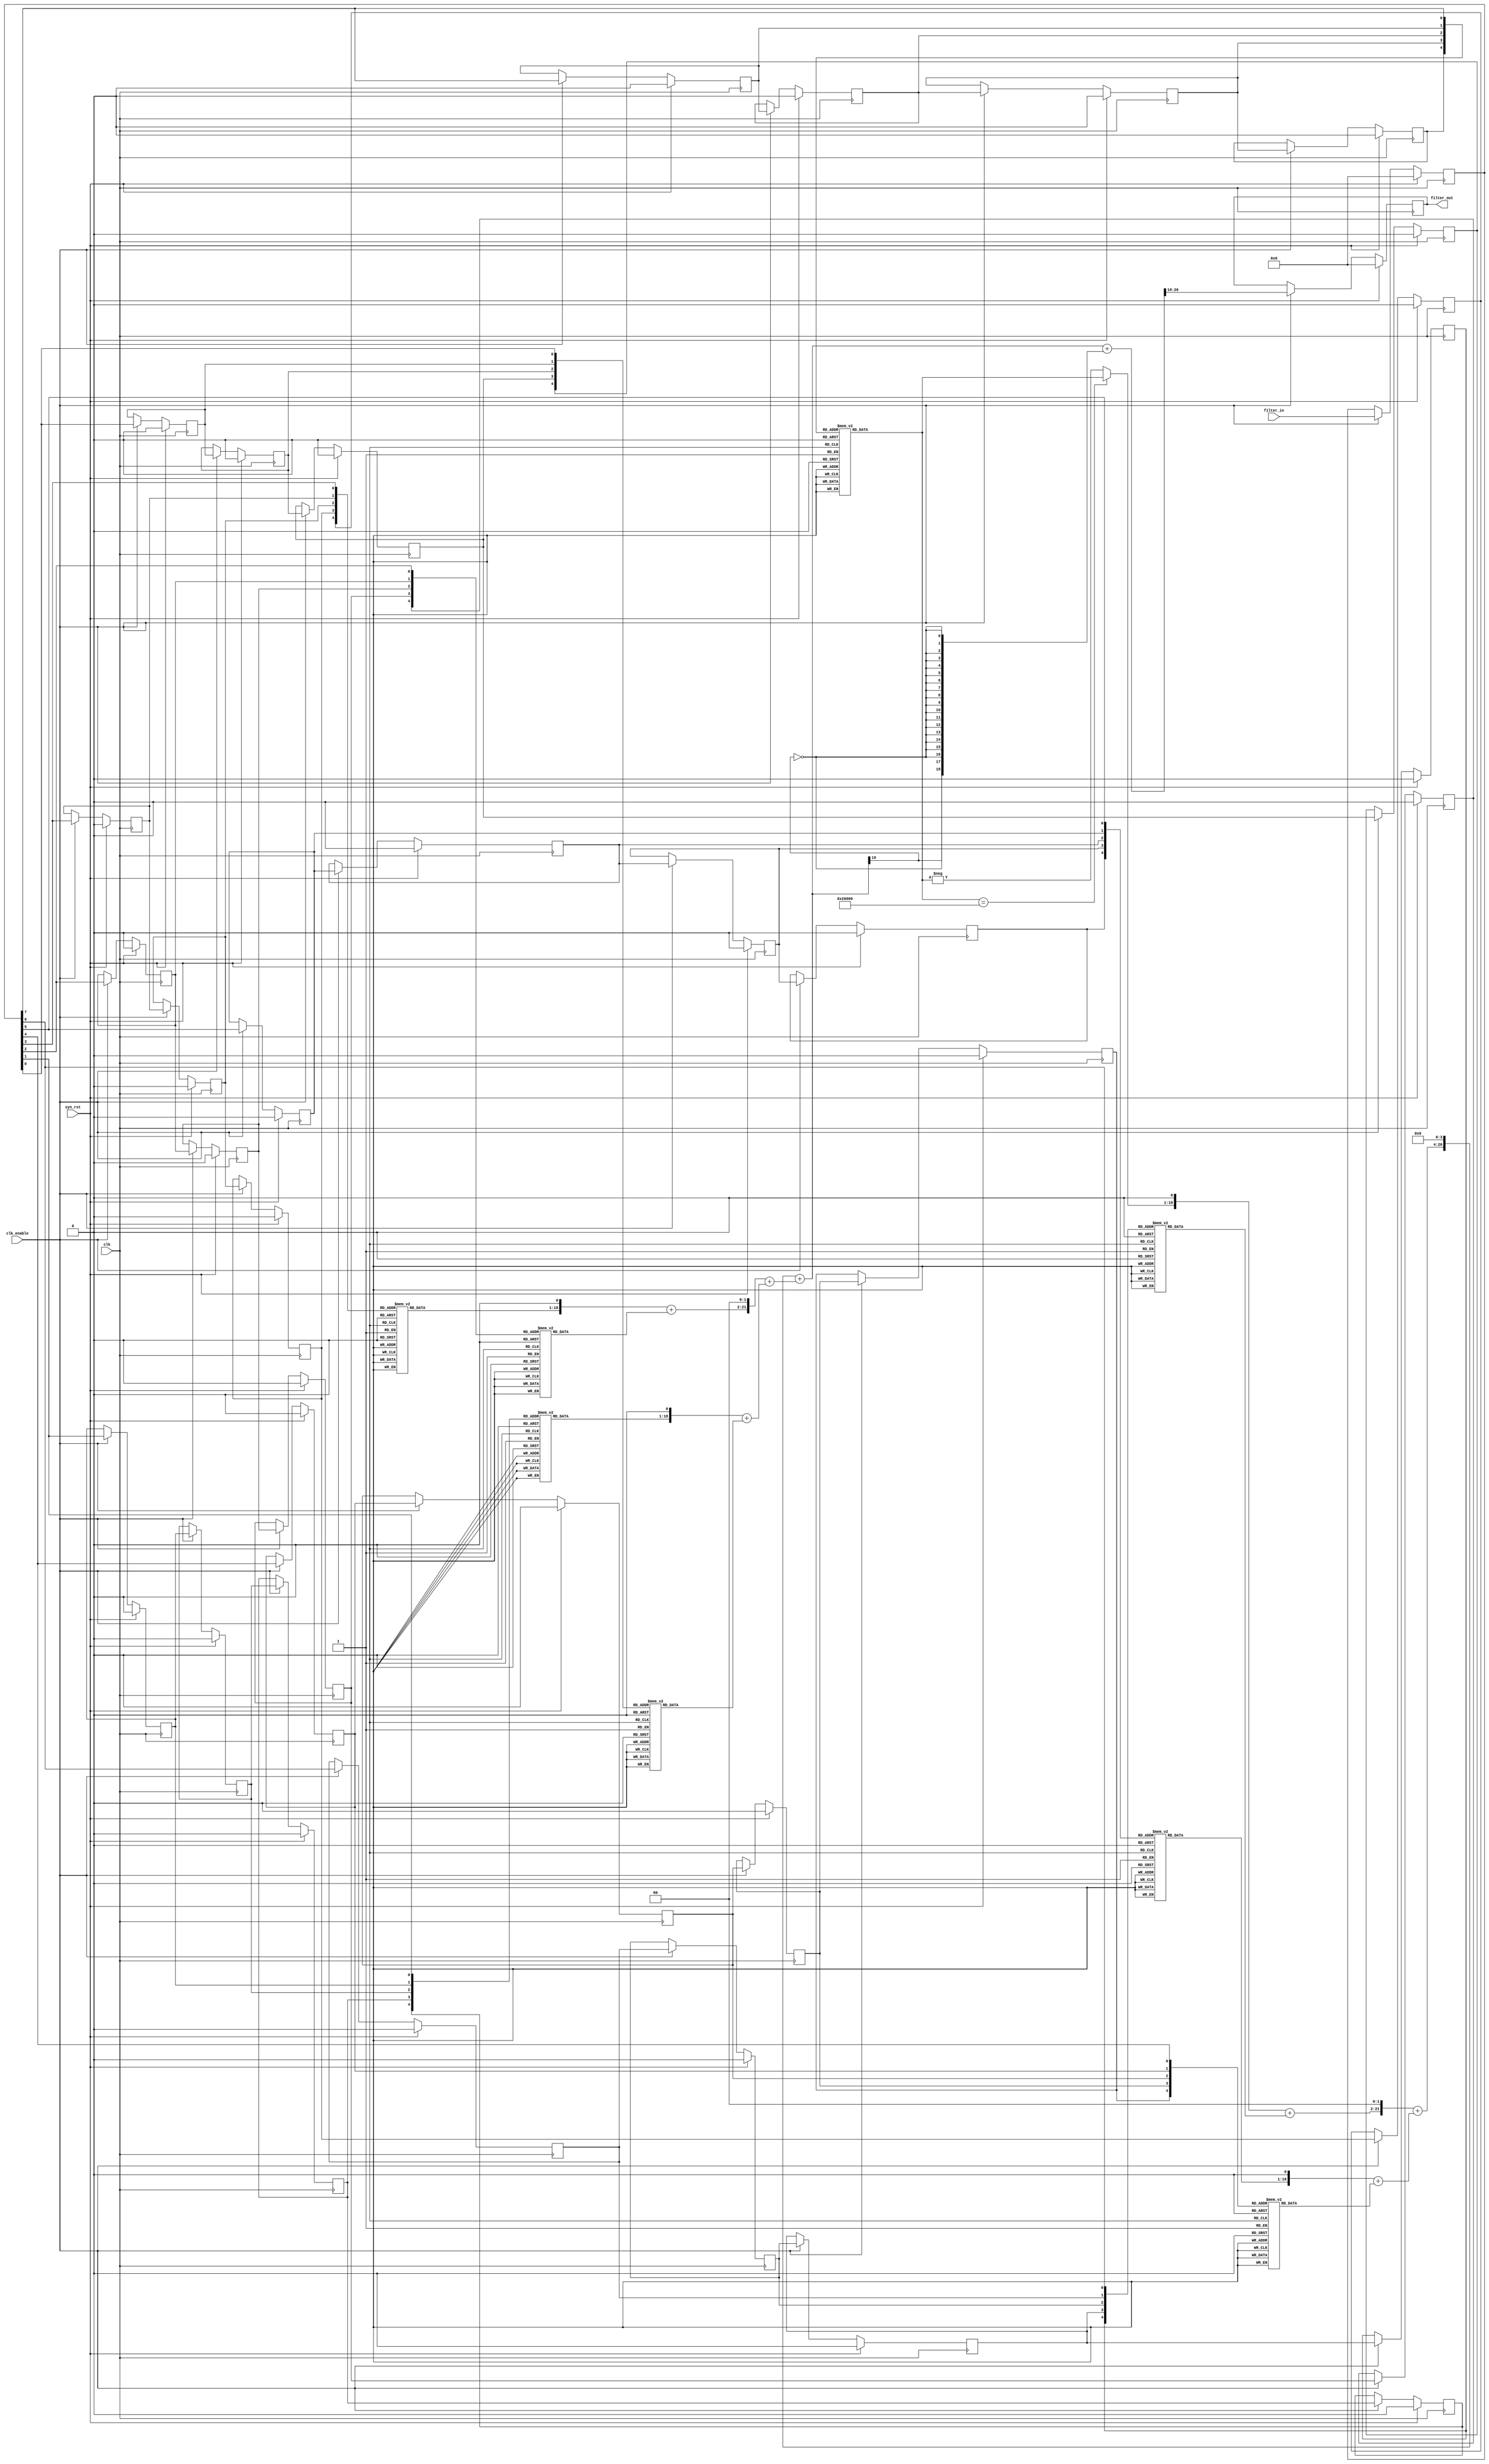
// -------------------------------------------------------------
// HDL Code Generation Options:
//
// ResetType: Synchronous
// FIRAdderStyle: tree
// ResetInputPort: syn_rst
// TargetDirectory: E:\\\\\\\\
// Name: fir_da
// RemoveResetFrom: ShiftRegister
// DALUTPartition: 5
// DARadix: 256
// TargetLanguage: Verilog
// TestBenchStimulus: impulse step ramp chirp noise 

// -------------------------------------------------------------
// HDL Implementation    : Distributed arithmetic (DA)
// Folding Factor        : 1
// LUT Address Width     : 5
// Total LUT Size (bits) : 4608
// -------------------------------------------------------------
// Filter Settings:
//
// Discrete-Time FIR Filter (real)
// -------------------------------
// Filter Structure  : Direct-Form FIR
// Filter Length     : 5
// Stable            : Yes
// Linear Phase      : Yes (Type 1)
// Arithmetic        : fixed
// Numerator         : s16,19 -> [-6.250000e-02 6.250000e-02)
// Input             : s8,7 -> [-1 1)
// Filter Internals  : Specify Precision
//   Output          : s8,7 -> [-1 1)
//   Product         : s31,31 -> [-5.000000e-01 5.000000e-01)
//   Accumulator     : s33,31 -> [-2 2)
//   Round Mode      : convergent
//   Overflow Mode   : wrap
// -------------------------------------------------------------

`timescale 1 ns / 1 ns

module fir_da
               (
                clk,
                clk_enable,
                syn_rst,
                filter_in,
                filter_out
                );

  input   clk; 
  input   clk_enable; 
  input   syn_rst; 
  input   signed [7:0] filter_in; //sfix8_En7
  output  signed [7:0] filter_out; //sfix8_En7

////////////////////////////////////////////////////////////////
//Module Architecture: fir_da
////////////////////////////////////////////////////////////////
  // Local Functions
  // Type Definitions
  // Constants
  parameter signed [15:0] coeff1 = 16'b0011000010100000; //sfix16_En19
  parameter signed [15:0] coeff2 = 16'b0110000101000000; //sfix16_En19
  parameter signed [15:0] coeff3 = 16'b0111100110010000; //sfix16_En19
  parameter signed [15:0] coeff4 = 16'b0110000101000000; //sfix16_En19
  parameter signed [15:0] coeff5 = 16'b0011000010100000; //sfix16_En19

  // Signals
  reg  signed [7:0] input_register; // sfix8_En7
  wire filter_in_1; // boolean
  wire filter_in_2; // boolean
  wire filter_in_3; // boolean
  wire filter_in_4; // boolean
  wire filter_in_5; // boolean
  wire filter_in_6; // boolean
  wire filter_in_7; // boolean
  wire filter_in_8; // boolean
  reg  delay_pipeline_1 [0:3] ; // boolean
  reg  delay_pipeline_2 [0:3] ; // boolean
  reg  delay_pipeline_3 [0:3] ; // boolean
  reg  delay_pipeline_4 [0:3] ; // boolean
  reg  delay_pipeline_5 [0:3] ; // boolean
  reg  delay_pipeline_6 [0:3] ; // boolean
  reg  delay_pipeline_7 [0:3] ; // boolean
  reg  delay_pipeline_8 [0:3] ; // boolean
  wire [4:0] mem_addrb1; // ufix5
  reg  signed [17:0] memoutb1; // sfix18_En19
  wire [4:0] mem_addrb2; // ufix5
  reg  signed [17:0] memoutb2; // sfix18_En18
  wire [4:0] mem_addrb3; // ufix5
  reg  signed [17:0] memoutb3; // sfix18_En19
  wire [4:0] mem_addrb4; // ufix5
  reg  signed [17:0] memoutb4; // sfix18_En18
  wire [4:0] mem_addrb5; // ufix5
  reg  signed [17:0] memoutb5; // sfix18_En19
  wire [4:0] mem_addrb6; // ufix5
  reg  signed [17:0] memoutb6; // sfix18_En18
  wire [4:0] mem_addrb7; // ufix5
  reg  signed [17:0] memoutb7; // sfix18_En19
  wire [4:0] mem_addrb8; // ufix5
  reg  signed [17:0] memoutb8; // sfix18_En18
  wire signed [17:0] lut_msb; // sfix18_En18
  wire signed [18:0] unaryminus_temp; // sfix19_En18
  wire signed [19:0] memsum1_1; // sfix20_En19
  wire signed [18:0] add_signext; // sfix19_En19
  wire signed [18:0] add_signext_1; // sfix19_En19
  wire signed [19:0] memsum1_2; // sfix20_En19
  wire signed [18:0] add_signext_2; // sfix19_En19
  wire signed [18:0] add_signext_3; // sfix19_En19
  wire signed [19:0] memsum1_3; // sfix20_En19
  wire signed [18:0] add_signext_4; // sfix19_En19
  wire signed [18:0] add_signext_5; // sfix19_En19
  wire signed [19:0] memsum1_4; // sfix20_En19
  wire signed [18:0] add_signext_6; // sfix19_En19
  wire signed [18:0] add_signext_7; // sfix19_En19
  wire signed [19:0] memsumshft2_1; // sfix20_En17
  wire signed [22:0] memsum2_1; // sfix23_En19
  wire signed [21:0] add_signext_8; // sfix22_En19
  wire signed [21:0] add_signext_9; // sfix22_En19
  wire signed [19:0] memsumshft2_2; // sfix20_En17
  wire signed [22:0] memsum2_2; // sfix23_En19
  wire signed [21:0] add_signext_10; // sfix22_En19
  wire signed [21:0] add_signext_11; // sfix22_En19
  wire signed [22:0] memsumshft3_1; // sfix23_En15
  wire signed [27:0] memsum3_1; // sfix28_En19
  wire signed [26:0] add_signext_12; // sfix27_En19
  wire signed [26:0] add_signext_13; // sfix27_En19
  wire signed [27:0] output_da; // sfix28_En26
  wire signed [7:0] output_typeconvert; // sfix8_En7
  reg  signed [7:0] output_register; // sfix8_En7

  // Block Statements
  always @ ( posedge clk)
    begin: Input_Register_process
      if (syn_rst == 1'b1) begin
        input_register <= 0;
      end
      else begin
        if (clk_enable == 1'b1) begin
          input_register <= filter_in;
        end
      end
    end // Input_Register_process

  assign filter_in_1 = {input_register[0]};

  assign filter_in_2 = {input_register[1]};

  assign filter_in_3 = {input_register[2]};

  assign filter_in_4 = {input_register[3]};

  assign filter_in_5 = {input_register[4]};

  assign filter_in_6 = {input_register[5]};

  assign filter_in_7 = {input_register[6]};

  assign filter_in_8 = {input_register[7]};

  always @( posedge clk)
    begin: Delay_Pipeline_1_process
      if (syn_rst == 1'b1) begin
        delay_pipeline_1[0] <= 1'b0;
        delay_pipeline_1[1] <= 1'b0;
        delay_pipeline_1[2] <= 1'b0;
        delay_pipeline_1[3] <= 1'b0;
      end
      else begin
        if (clk_enable == 1'b1) begin
          delay_pipeline_1[0] <= filter_in_1;
          delay_pipeline_1[1] <= delay_pipeline_1[0];
          delay_pipeline_1[2] <= delay_pipeline_1[1];
          delay_pipeline_1[3] <= delay_pipeline_1[2];
        end
      end
    end // Delay_Pipeline_1_process


  always @( posedge clk)
    begin: Delay_Pipeline_2_process
      if (syn_rst == 1'b1) begin
        delay_pipeline_2[0] <= 1'b0;
        delay_pipeline_2[1] <= 1'b0;
        delay_pipeline_2[2] <= 1'b0;
        delay_pipeline_2[3] <= 1'b0;
      end
      else begin
        if (clk_enable == 1'b1) begin
          delay_pipeline_2[0] <= filter_in_2;
          delay_pipeline_2[1] <= delay_pipeline_2[0];
          delay_pipeline_2[2] <= delay_pipeline_2[1];
          delay_pipeline_2[3] <= delay_pipeline_2[2];
        end
      end
    end // Delay_Pipeline_2_process


  always @( posedge clk)
    begin: Delay_Pipeline_3_process
      if (syn_rst == 1'b1) begin
        delay_pipeline_3[0] <= 1'b0;
        delay_pipeline_3[1] <= 1'b0;
        delay_pipeline_3[2] <= 1'b0;
        delay_pipeline_3[3] <= 1'b0;
      end
      else begin
        if (clk_enable == 1'b1) begin
          delay_pipeline_3[0] <= filter_in_3;
          delay_pipeline_3[1] <= delay_pipeline_3[0];
          delay_pipeline_3[2] <= delay_pipeline_3[1];
          delay_pipeline_3[3] <= delay_pipeline_3[2];
        end
      end
    end // Delay_Pipeline_3_process


  always @( posedge clk)
    begin: Delay_Pipeline_4_process
      if (syn_rst == 1'b1) begin
        delay_pipeline_4[0] <= 1'b0;
        delay_pipeline_4[1] <= 1'b0;
        delay_pipeline_4[2] <= 1'b0;
        delay_pipeline_4[3] <= 1'b0;
      end
      else begin
        if (clk_enable == 1'b1) begin
          delay_pipeline_4[0] <= filter_in_4;
          delay_pipeline_4[1] <= delay_pipeline_4[0];
          delay_pipeline_4[2] <= delay_pipeline_4[1];
          delay_pipeline_4[3] <= delay_pipeline_4[2];
        end
      end
    end // Delay_Pipeline_4_process


  always @( posedge clk)
    begin: Delay_Pipeline_5_process
      if (syn_rst == 1'b1) begin
        delay_pipeline_5[0] <= 1'b0;
        delay_pipeline_5[1] <= 1'b0;
        delay_pipeline_5[2] <= 1'b0;
        delay_pipeline_5[3] <= 1'b0;
      end
      else begin
        if (clk_enable == 1'b1) begin
          delay_pipeline_5[0] <= filter_in_5;
          delay_pipeline_5[1] <= delay_pipeline_5[0];
          delay_pipeline_5[2] <= delay_pipeline_5[1];
          delay_pipeline_5[3] <= delay_pipeline_5[2];
        end
      end
    end // Delay_Pipeline_5_process


  always @( posedge clk)
    begin: Delay_Pipeline_6_process
      if (syn_rst == 1'b1) begin
        delay_pipeline_6[0] <= 1'b0;
        delay_pipeline_6[1] <= 1'b0;
        delay_pipeline_6[2] <= 1'b0;
        delay_pipeline_6[3] <= 1'b0;
      end
      else begin
        if (clk_enable == 1'b1) begin
          delay_pipeline_6[0] <= filter_in_6;
          delay_pipeline_6[1] <= delay_pipeline_6[0];
          delay_pipeline_6[2] <= delay_pipeline_6[1];
          delay_pipeline_6[3] <= delay_pipeline_6[2];
        end
      end
    end // Delay_Pipeline_6_process


  always @( posedge clk)
    begin: Delay_Pipeline_7_process
      if (syn_rst == 1'b1) begin
        delay_pipeline_7[0] <= 1'b0;
        delay_pipeline_7[1] <= 1'b0;
        delay_pipeline_7[2] <= 1'b0;
        delay_pipeline_7[3] <= 1'b0;
      end
      else begin
        if (clk_enable == 1'b1) begin
          delay_pipeline_7[0] <= filter_in_7;
          delay_pipeline_7[1] <= delay_pipeline_7[0];
          delay_pipeline_7[2] <= delay_pipeline_7[1];
          delay_pipeline_7[3] <= delay_pipeline_7[2];
        end
      end
    end // Delay_Pipeline_7_process


  always @( posedge clk)
    begin: Delay_Pipeline_8_process
      if (syn_rst == 1'b1) begin
        delay_pipeline_8[0] <= 1'b0;
        delay_pipeline_8[1] <= 1'b0;
        delay_pipeline_8[2] <= 1'b0;
        delay_pipeline_8[3] <= 1'b0;
      end
      else begin
        if (clk_enable == 1'b1) begin
          delay_pipeline_8[0] <= filter_in_8;
          delay_pipeline_8[1] <= delay_pipeline_8[0];
          delay_pipeline_8[2] <= delay_pipeline_8[1];
          delay_pipeline_8[3] <= delay_pipeline_8[2];
        end
      end
    end // Delay_Pipeline_8_process


  assign mem_addrb1 = {delay_pipeline_1[3], delay_pipeline_1[2], delay_pipeline_1[1], delay_pipeline_1[0], filter_in_1};

  always @(mem_addrb1)
  begin
    case(mem_addrb1)
      5'b00000 : memoutb1 = 18'b000000000000000000;
      5'b00001 : memoutb1 = 18'b000011000010100000;
      5'b00010 : memoutb1 = 18'b000110000101000000;
      5'b00011 : memoutb1 = 18'b001001000111100000;
      5'b00100 : memoutb1 = 18'b000111100110010000;
      5'b00101 : memoutb1 = 18'b001010101000110000;
      5'b00110 : memoutb1 = 18'b001101101011010000;
      5'b00111 : memoutb1 = 18'b010000101101110000;
      5'b01000 : memoutb1 = 18'b000110000101000000;
      5'b01001 : memoutb1 = 18'b001001000111100000;
      5'b01010 : memoutb1 = 18'b001100001010000000;
      5'b01011 : memoutb1 = 18'b001111001100100000;
      5'b01100 : memoutb1 = 18'b001101101011010000;
      5'b01101 : memoutb1 = 18'b010000101101110000;
      5'b01110 : memoutb1 = 18'b010011110000010000;
      5'b01111 : memoutb1 = 18'b010110110010110000;
      5'b10000 : memoutb1 = 18'b000011000010100000;
      5'b10001 : memoutb1 = 18'b000110000101000000;
      5'b10010 : memoutb1 = 18'b001001000111100000;
      5'b10011 : memoutb1 = 18'b001100001010000000;
      5'b10100 : memoutb1 = 18'b001010101000110000;
      5'b10101 : memoutb1 = 18'b001101101011010000;
      5'b10110 : memoutb1 = 18'b010000101101110000;
      5'b10111 : memoutb1 = 18'b010011110000010000;
      5'b11000 : memoutb1 = 18'b001001000111100000;
      5'b11001 : memoutb1 = 18'b001100001010000000;
      5'b11010 : memoutb1 = 18'b001111001100100000;
      5'b11011 : memoutb1 = 18'b010010001111000000;
      5'b11100 : memoutb1 = 18'b010000101101110000;
      5'b11101 : memoutb1 = 18'b010011110000010000;
      5'b11110 : memoutb1 = 18'b010110110010110000;
      5'b11111 : memoutb1 = 18'b011001110101010000;
      default : memoutb1 = 18'b011001110101010000;
    endcase
  end

  assign mem_addrb2 = {delay_pipeline_2[3], delay_pipeline_2[2], delay_pipeline_2[1], delay_pipeline_2[0], filter_in_2};

  always @(mem_addrb2)
  begin
    case(mem_addrb2)
      5'b00000 : memoutb2 = 18'b000000000000000000;
      5'b00001 : memoutb2 = 18'b000011000010100000;
      5'b00010 : memoutb2 = 18'b000110000101000000;
      5'b00011 : memoutb2 = 18'b001001000111100000;
      5'b00100 : memoutb2 = 18'b000111100110010000;
      5'b00101 : memoutb2 = 18'b001010101000110000;
      5'b00110 : memoutb2 = 18'b001101101011010000;
      5'b00111 : memoutb2 = 18'b010000101101110000;
      5'b01000 : memoutb2 = 18'b000110000101000000;
      5'b01001 : memoutb2 = 18'b001001000111100000;
      5'b01010 : memoutb2 = 18'b001100001010000000;
      5'b01011 : memoutb2 = 18'b001111001100100000;
      5'b01100 : memoutb2 = 18'b001101101011010000;
      5'b01101 : memoutb2 = 18'b010000101101110000;
      5'b01110 : memoutb2 = 18'b010011110000010000;
      5'b01111 : memoutb2 = 18'b010110110010110000;
      5'b10000 : memoutb2 = 18'b000011000010100000;
      5'b10001 : memoutb2 = 18'b000110000101000000;
      5'b10010 : memoutb2 = 18'b001001000111100000;
      5'b10011 : memoutb2 = 18'b001100001010000000;
      5'b10100 : memoutb2 = 18'b001010101000110000;
      5'b10101 : memoutb2 = 18'b001101101011010000;
      5'b10110 : memoutb2 = 18'b010000101101110000;
      5'b10111 : memoutb2 = 18'b010011110000010000;
      5'b11000 : memoutb2 = 18'b001001000111100000;
      5'b11001 : memoutb2 = 18'b001100001010000000;
      5'b11010 : memoutb2 = 18'b001111001100100000;
      5'b11011 : memoutb2 = 18'b010010001111000000;
      5'b11100 : memoutb2 = 18'b010000101101110000;
      5'b11101 : memoutb2 = 18'b010011110000010000;
      5'b11110 : memoutb2 = 18'b010110110010110000;
      5'b11111 : memoutb2 = 18'b011001110101010000;
      default : memoutb2 = 18'b011001110101010000;
    endcase
  end

  assign mem_addrb3 = {delay_pipeline_3[3], delay_pipeline_3[2], delay_pipeline_3[1], delay_pipeline_3[0], filter_in_3};

  always @(mem_addrb3)
  begin
    case(mem_addrb3)
      5'b00000 : memoutb3 = 18'b000000000000000000;
      5'b00001 : memoutb3 = 18'b000011000010100000;
      5'b00010 : memoutb3 = 18'b000110000101000000;
      5'b00011 : memoutb3 = 18'b001001000111100000;
      5'b00100 : memoutb3 = 18'b000111100110010000;
      5'b00101 : memoutb3 = 18'b001010101000110000;
      5'b00110 : memoutb3 = 18'b001101101011010000;
      5'b00111 : memoutb3 = 18'b010000101101110000;
      5'b01000 : memoutb3 = 18'b000110000101000000;
      5'b01001 : memoutb3 = 18'b001001000111100000;
      5'b01010 : memoutb3 = 18'b001100001010000000;
      5'b01011 : memoutb3 = 18'b001111001100100000;
      5'b01100 : memoutb3 = 18'b001101101011010000;
      5'b01101 : memoutb3 = 18'b010000101101110000;
      5'b01110 : memoutb3 = 18'b010011110000010000;
      5'b01111 : memoutb3 = 18'b010110110010110000;
      5'b10000 : memoutb3 = 18'b000011000010100000;
      5'b10001 : memoutb3 = 18'b000110000101000000;
      5'b10010 : memoutb3 = 18'b001001000111100000;
      5'b10011 : memoutb3 = 18'b001100001010000000;
      5'b10100 : memoutb3 = 18'b001010101000110000;
      5'b10101 : memoutb3 = 18'b001101101011010000;
      5'b10110 : memoutb3 = 18'b010000101101110000;
      5'b10111 : memoutb3 = 18'b010011110000010000;
      5'b11000 : memoutb3 = 18'b001001000111100000;
      5'b11001 : memoutb3 = 18'b001100001010000000;
      5'b11010 : memoutb3 = 18'b001111001100100000;
      5'b11011 : memoutb3 = 18'b010010001111000000;
      5'b11100 : memoutb3 = 18'b010000101101110000;
      5'b11101 : memoutb3 = 18'b010011110000010000;
      5'b11110 : memoutb3 = 18'b010110110010110000;
      5'b11111 : memoutb3 = 18'b011001110101010000;
      default : memoutb3 = 18'b011001110101010000;
    endcase
  end

  assign mem_addrb4 = {delay_pipeline_4[3], delay_pipeline_4[2], delay_pipeline_4[1], delay_pipeline_4[0], filter_in_4};

  always @(mem_addrb4)
  begin
    case(mem_addrb4)
      5'b00000 : memoutb4 = 18'b000000000000000000;
      5'b00001 : memoutb4 = 18'b000011000010100000;
      5'b00010 : memoutb4 = 18'b000110000101000000;
      5'b00011 : memoutb4 = 18'b001001000111100000;
      5'b00100 : memoutb4 = 18'b000111100110010000;
      5'b00101 : memoutb4 = 18'b001010101000110000;
      5'b00110 : memoutb4 = 18'b001101101011010000;
      5'b00111 : memoutb4 = 18'b010000101101110000;
      5'b01000 : memoutb4 = 18'b000110000101000000;
      5'b01001 : memoutb4 = 18'b001001000111100000;
      5'b01010 : memoutb4 = 18'b001100001010000000;
      5'b01011 : memoutb4 = 18'b001111001100100000;
      5'b01100 : memoutb4 = 18'b001101101011010000;
      5'b01101 : memoutb4 = 18'b010000101101110000;
      5'b01110 : memoutb4 = 18'b010011110000010000;
      5'b01111 : memoutb4 = 18'b010110110010110000;
      5'b10000 : memoutb4 = 18'b000011000010100000;
      5'b10001 : memoutb4 = 18'b000110000101000000;
      5'b10010 : memoutb4 = 18'b001001000111100000;
      5'b10011 : memoutb4 = 18'b001100001010000000;
      5'b10100 : memoutb4 = 18'b001010101000110000;
      5'b10101 : memoutb4 = 18'b001101101011010000;
      5'b10110 : memoutb4 = 18'b010000101101110000;
      5'b10111 : memoutb4 = 18'b010011110000010000;
      5'b11000 : memoutb4 = 18'b001001000111100000;
      5'b11001 : memoutb4 = 18'b001100001010000000;
      5'b11010 : memoutb4 = 18'b001111001100100000;
      5'b11011 : memoutb4 = 18'b010010001111000000;
      5'b11100 : memoutb4 = 18'b010000101101110000;
      5'b11101 : memoutb4 = 18'b010011110000010000;
      5'b11110 : memoutb4 = 18'b010110110010110000;
      5'b11111 : memoutb4 = 18'b011001110101010000;
      default : memoutb4 = 18'b011001110101010000;
    endcase
  end

  assign mem_addrb5 = {delay_pipeline_5[3], delay_pipeline_5[2], delay_pipeline_5[1], delay_pipeline_5[0], filter_in_5};

  always @(mem_addrb5)
  begin
    case(mem_addrb5)
      5'b00000 : memoutb5 = 18'b000000000000000000;
      5'b00001 : memoutb5 = 18'b000011000010100000;
      5'b00010 : memoutb5 = 18'b000110000101000000;
      5'b00011 : memoutb5 = 18'b001001000111100000;
      5'b00100 : memoutb5 = 18'b000111100110010000;
      5'b00101 : memoutb5 = 18'b001010101000110000;
      5'b00110 : memoutb5 = 18'b001101101011010000;
      5'b00111 : memoutb5 = 18'b010000101101110000;
      5'b01000 : memoutb5 = 18'b000110000101000000;
      5'b01001 : memoutb5 = 18'b001001000111100000;
      5'b01010 : memoutb5 = 18'b001100001010000000;
      5'b01011 : memoutb5 = 18'b001111001100100000;
      5'b01100 : memoutb5 = 18'b001101101011010000;
      5'b01101 : memoutb5 = 18'b010000101101110000;
      5'b01110 : memoutb5 = 18'b010011110000010000;
      5'b01111 : memoutb5 = 18'b010110110010110000;
      5'b10000 : memoutb5 = 18'b000011000010100000;
      5'b10001 : memoutb5 = 18'b000110000101000000;
      5'b10010 : memoutb5 = 18'b001001000111100000;
      5'b10011 : memoutb5 = 18'b001100001010000000;
      5'b10100 : memoutb5 = 18'b001010101000110000;
      5'b10101 : memoutb5 = 18'b001101101011010000;
      5'b10110 : memoutb5 = 18'b010000101101110000;
      5'b10111 : memoutb5 = 18'b010011110000010000;
      5'b11000 : memoutb5 = 18'b001001000111100000;
      5'b11001 : memoutb5 = 18'b001100001010000000;
      5'b11010 : memoutb5 = 18'b001111001100100000;
      5'b11011 : memoutb5 = 18'b010010001111000000;
      5'b11100 : memoutb5 = 18'b010000101101110000;
      5'b11101 : memoutb5 = 18'b010011110000010000;
      5'b11110 : memoutb5 = 18'b010110110010110000;
      5'b11111 : memoutb5 = 18'b011001110101010000;
      default : memoutb5 = 18'b011001110101010000;
    endcase
  end

  assign mem_addrb6 = {delay_pipeline_6[3], delay_pipeline_6[2], delay_pipeline_6[1], delay_pipeline_6[0], filter_in_6};

  always @(mem_addrb6)
  begin
    case(mem_addrb6)
      5'b00000 : memoutb6 = 18'b000000000000000000;
      5'b00001 : memoutb6 = 18'b000011000010100000;
      5'b00010 : memoutb6 = 18'b000110000101000000;
      5'b00011 : memoutb6 = 18'b001001000111100000;
      5'b00100 : memoutb6 = 18'b000111100110010000;
      5'b00101 : memoutb6 = 18'b001010101000110000;
      5'b00110 : memoutb6 = 18'b001101101011010000;
      5'b00111 : memoutb6 = 18'b010000101101110000;
      5'b01000 : memoutb6 = 18'b000110000101000000;
      5'b01001 : memoutb6 = 18'b001001000111100000;
      5'b01010 : memoutb6 = 18'b001100001010000000;
      5'b01011 : memoutb6 = 18'b001111001100100000;
      5'b01100 : memoutb6 = 18'b001101101011010000;
      5'b01101 : memoutb6 = 18'b010000101101110000;
      5'b01110 : memoutb6 = 18'b010011110000010000;
      5'b01111 : memoutb6 = 18'b010110110010110000;
      5'b10000 : memoutb6 = 18'b000011000010100000;
      5'b10001 : memoutb6 = 18'b000110000101000000;
      5'b10010 : memoutb6 = 18'b001001000111100000;
      5'b10011 : memoutb6 = 18'b001100001010000000;
      5'b10100 : memoutb6 = 18'b001010101000110000;
      5'b10101 : memoutb6 = 18'b001101101011010000;
      5'b10110 : memoutb6 = 18'b010000101101110000;
      5'b10111 : memoutb6 = 18'b010011110000010000;
      5'b11000 : memoutb6 = 18'b001001000111100000;
      5'b11001 : memoutb6 = 18'b001100001010000000;
      5'b11010 : memoutb6 = 18'b001111001100100000;
      5'b11011 : memoutb6 = 18'b010010001111000000;
      5'b11100 : memoutb6 = 18'b010000101101110000;
      5'b11101 : memoutb6 = 18'b010011110000010000;
      5'b11110 : memoutb6 = 18'b010110110010110000;
      5'b11111 : memoutb6 = 18'b011001110101010000;
      default : memoutb6 = 18'b011001110101010000;
    endcase
  end

  assign mem_addrb7 = {delay_pipeline_7[3], delay_pipeline_7[2], delay_pipeline_7[1], delay_pipeline_7[0], filter_in_7};

  always @(mem_addrb7)
  begin
    case(mem_addrb7)
      5'b00000 : memoutb7 = 18'b000000000000000000;
      5'b00001 : memoutb7 = 18'b000011000010100000;
      5'b00010 : memoutb7 = 18'b000110000101000000;
      5'b00011 : memoutb7 = 18'b001001000111100000;
      5'b00100 : memoutb7 = 18'b000111100110010000;
      5'b00101 : memoutb7 = 18'b001010101000110000;
      5'b00110 : memoutb7 = 18'b001101101011010000;
      5'b00111 : memoutb7 = 18'b010000101101110000;
      5'b01000 : memoutb7 = 18'b000110000101000000;
      5'b01001 : memoutb7 = 18'b001001000111100000;
      5'b01010 : memoutb7 = 18'b001100001010000000;
      5'b01011 : memoutb7 = 18'b001111001100100000;
      5'b01100 : memoutb7 = 18'b001101101011010000;
      5'b01101 : memoutb7 = 18'b010000101101110000;
      5'b01110 : memoutb7 = 18'b010011110000010000;
      5'b01111 : memoutb7 = 18'b010110110010110000;
      5'b10000 : memoutb7 = 18'b000011000010100000;
      5'b10001 : memoutb7 = 18'b000110000101000000;
      5'b10010 : memoutb7 = 18'b001001000111100000;
      5'b10011 : memoutb7 = 18'b001100001010000000;
      5'b10100 : memoutb7 = 18'b001010101000110000;
      5'b10101 : memoutb7 = 18'b001101101011010000;
      5'b10110 : memoutb7 = 18'b010000101101110000;
      5'b10111 : memoutb7 = 18'b010011110000010000;
      5'b11000 : memoutb7 = 18'b001001000111100000;
      5'b11001 : memoutb7 = 18'b001100001010000000;
      5'b11010 : memoutb7 = 18'b001111001100100000;
      5'b11011 : memoutb7 = 18'b010010001111000000;
      5'b11100 : memoutb7 = 18'b010000101101110000;
      5'b11101 : memoutb7 = 18'b010011110000010000;
      5'b11110 : memoutb7 = 18'b010110110010110000;
      5'b11111 : memoutb7 = 18'b011001110101010000;
      default : memoutb7 = 18'b011001110101010000;
    endcase
  end

  assign mem_addrb8 = {delay_pipeline_8[3], delay_pipeline_8[2], delay_pipeline_8[1], delay_pipeline_8[0], filter_in_8};

  always @(mem_addrb8)
  begin
    case(mem_addrb8)
      5'b00000 : memoutb8 = 18'b000000000000000000;
      5'b00001 : memoutb8 = 18'b000011000010100000;
      5'b00010 : memoutb8 = 18'b000110000101000000;
      5'b00011 : memoutb8 = 18'b001001000111100000;
      5'b00100 : memoutb8 = 18'b000111100110010000;
      5'b00101 : memoutb8 = 18'b001010101000110000;
      5'b00110 : memoutb8 = 18'b001101101011010000;
      5'b00111 : memoutb8 = 18'b010000101101110000;
      5'b01000 : memoutb8 = 18'b000110000101000000;
      5'b01001 : memoutb8 = 18'b001001000111100000;
      5'b01010 : memoutb8 = 18'b001100001010000000;
      5'b01011 : memoutb8 = 18'b001111001100100000;
      5'b01100 : memoutb8 = 18'b001101101011010000;
      5'b01101 : memoutb8 = 18'b010000101101110000;
      5'b01110 : memoutb8 = 18'b010011110000010000;
      5'b01111 : memoutb8 = 18'b010110110010110000;
      5'b10000 : memoutb8 = 18'b000011000010100000;
      5'b10001 : memoutb8 = 18'b000110000101000000;
      5'b10010 : memoutb8 = 18'b001001000111100000;
      5'b10011 : memoutb8 = 18'b001100001010000000;
      5'b10100 : memoutb8 = 18'b001010101000110000;
      5'b10101 : memoutb8 = 18'b001101101011010000;
      5'b10110 : memoutb8 = 18'b010000101101110000;
      5'b10111 : memoutb8 = 18'b010011110000010000;
      5'b11000 : memoutb8 = 18'b001001000111100000;
      5'b11001 : memoutb8 = 18'b001100001010000000;
      5'b11010 : memoutb8 = 18'b001111001100100000;
      5'b11011 : memoutb8 = 18'b010010001111000000;
      5'b11100 : memoutb8 = 18'b010000101101110000;
      5'b11101 : memoutb8 = 18'b010011110000010000;
      5'b11110 : memoutb8 = 18'b010110110010110000;
      5'b11111 : memoutb8 = 18'b011001110101010000;
      default : memoutb8 = 18'b011001110101010000;
    endcase
  end

  //  Shift and add the LUT results to compute the scaled accumulated sum

  assign unaryminus_temp = (memoutb8==18'b100000000000000000) ? $signed({1'b0, memoutb8}) : -memoutb8;
  assign lut_msb = unaryminus_temp[17:0];

  assign add_signext = $signed({memoutb2[17:0], 1'b0});
  assign add_signext_1 = $signed({{1{memoutb1[17]}}, memoutb1});
  assign memsum1_1 = add_signext + add_signext_1;

  assign add_signext_2 = $signed({memoutb4[17:0], 1'b0});
  assign add_signext_3 = $signed({{1{memoutb3[17]}}, memoutb3});
  assign memsum1_2 = add_signext_2 + add_signext_3;

  assign add_signext_4 = $signed({memoutb6[17:0], 1'b0});
  assign add_signext_5 = $signed({{1{memoutb5[17]}}, memoutb5});
  assign memsum1_3 = add_signext_4 + add_signext_5;

  assign add_signext_6 = $signed({lut_msb[17:0], 1'b0});
  assign add_signext_7 = $signed({{1{memoutb7[17]}}, memoutb7});
  assign memsum1_4 = add_signext_6 + add_signext_7;

  assign memsumshft2_1 = memsum1_2;

  assign add_signext_8 = $signed({memsumshft2_1[19:0], 2'b00});
  assign add_signext_9 = $signed({{2{memsum1_1[19]}}, memsum1_1});
  assign memsum2_1 = add_signext_8 + add_signext_9;

  assign memsumshft2_2 = memsum1_4;

  assign add_signext_10 = $signed({memsumshft2_2[19:0], 2'b00});
  assign add_signext_11 = $signed({{2{memsum1_3[19]}}, memsum1_3});
  assign memsum2_2 = add_signext_10 + add_signext_11;

  assign memsumshft3_1 = memsum2_2;

  assign add_signext_12 = $signed({memsumshft3_1[22:0], 4'b0000});
  assign add_signext_13 = $signed({{4{memsum2_1[22]}}, memsum2_1});
  assign memsum3_1 = add_signext_12 + add_signext_13;

  assign output_da = memsum3_1;

  assign output_typeconvert = (output_da[26:0] + {output_da[19], {18{~output_da[19]}}})>>>19;

  always @ ( posedge clk)
    begin: Output_Register_process
      if (syn_rst == 1'b1) begin
        output_register <= 0;
      end
      else begin
        if (clk_enable == 1'b1) begin
          output_register <= output_typeconvert;
        end
      end
    end // Output_Register_process

  // Assignment Statements
  assign filter_out = output_register;
endmodule  // fir_da